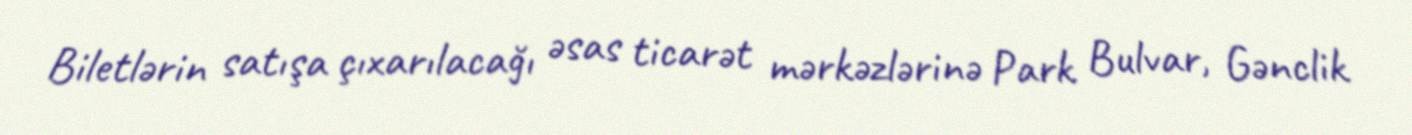
Biletlərin satışa çıxarılacağı əsas ticarət mərkəzlərinə Park Bulvar, Gənclik